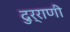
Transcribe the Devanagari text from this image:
दुर्राणी